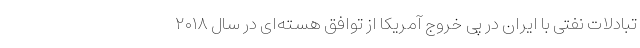
تبادلات نفتی با ایران در پی خروج آمریکا از توافق هسته‌ای در سال ۲۰۱۸